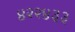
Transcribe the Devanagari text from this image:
४२२४३३